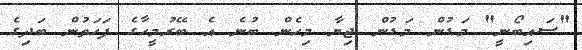
"ސައިބޯނީ" މަޑުން މަޑުން ޖިޔާ މިހެން ބުނެ އެ ބޭރުމީހާގެ ފަހަތުން ބަދިގެ